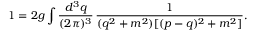
1 = 2 g \int \frac { d ^ { 3 } q } { ( 2 \pi ) ^ { 3 } } \, \frac { 1 } { ( q ^ { 2 } + m ^ { 2 } ) [ ( p - q ) ^ { 2 } + m ^ { 2 } ] } .